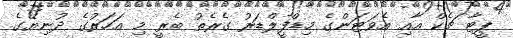
ޕީޓާ ޗެކް އާއި އެވަޓަންގެ މިޑްފީލްޑަރު ގެރެތު ބެރީ މި އަހަރުގެ ދުނިޔޭގެ